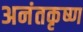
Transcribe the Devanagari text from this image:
अनंतकृष्ण